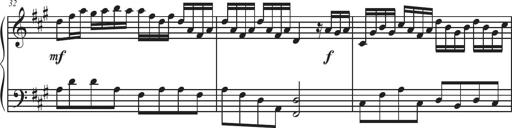
Title: Sonatina Espania
Composer: Jerald Franklin Archer
Key: Various